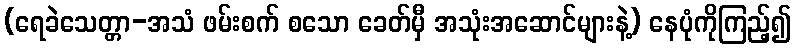
(ရေခဲသေတ္တာ-အသံ ဖမ်းစက် စသော ခေတ်မှီ အသုံးအဆောင်များနဲ့) နေပုံကိုကြည့်၍